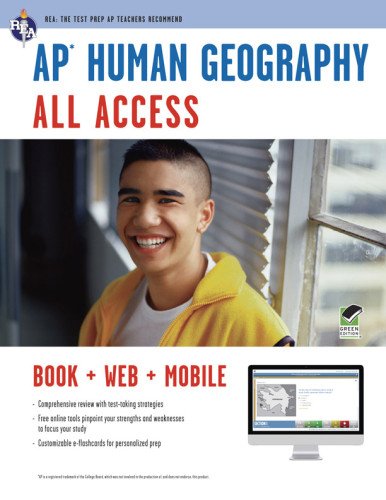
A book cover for APÂ® Human Geography All Access Book + Online + Mobile (Advanced Placement (AP) All Access); Dr. Christian Sawyer; Science & Math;